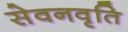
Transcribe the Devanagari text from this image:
सेवनवृति